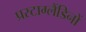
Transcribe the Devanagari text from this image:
प्रस्टाग्लैंडिनों